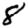
Digit: 8